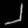
Digit: ၂